Annual report of the Imperial Bacteriologist
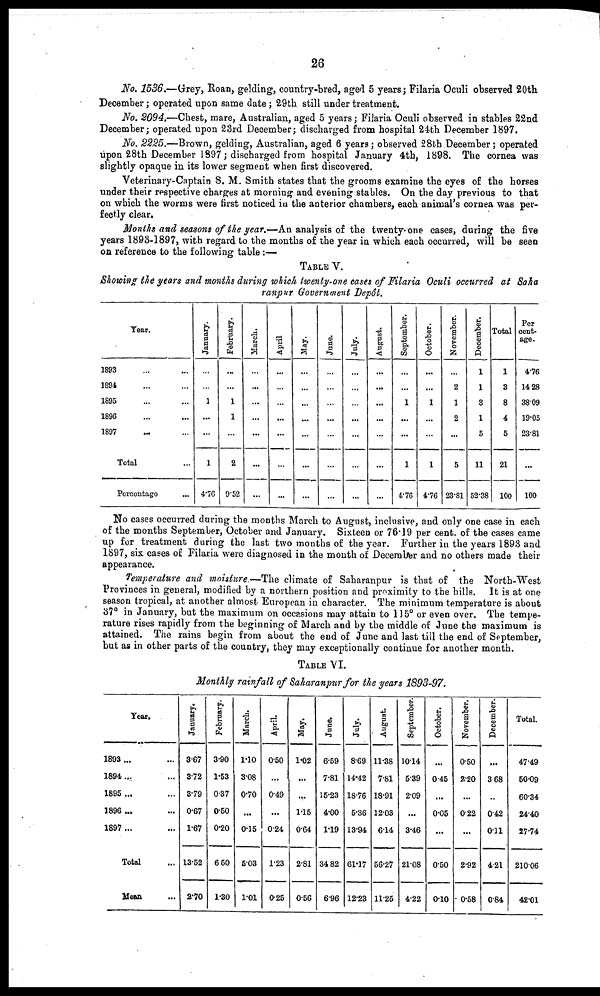
26
No. 1536.—Grey, Roan, gelding, country-bred, aged 5 years; Filaria Oculi observed 20th
December; operated upon same date; 29th still under treatment.
No. 2094.—Chest, mare, Australian, aged 5 years ; Filaria Oculi observed in stables 22nd
December; operated upon 23rd December; discharged from hospital 24th December 1897.
No. 2225.—Brown, gelding, Australian, aged 6 years; observed 28th December; operated
upon 28th December 1897; discharged from hospital January 4th, 1898. The cornea was
slightly opaque in its lower segment when first discovered.
Veterinary-Captain S. M. Smith states that the grooms examine the eyes of the horses
under their respective charges at morning and evening stables. On the day previous to that
on which the worms were first noticed in the anterior chambers, each animal's cornea was per-
fectly clear.
Months and seasons of the year.—An analysis of the twenty-one cases, during the five
years 1893-1897, with regard to the months of the year in which each occurred, will be seen
on reference to the following table:—
TABLE V.
Showing the years and months during which twenty-one cases of Filaria Oculi occurred at Saha
ranpur Government Depôt.
Year.
1893 ... ...
1894 ... ...
1895 ... ...
1896 ... ...
1897 ... ...
Total ...
Percentage
...
January.
...
...
1
...
...
1
4.76
February.
...
...
1
1
...
2
9.52
March.
...
...
...
...
...
...
...
April
...
...
...
...
...
...
...
May.
...
...
...
...
...
...
...
June.
...
...
...
...
...
...
...
July.
...
...
...
...
...
...
...
August.
...
...
...
...
...
...
...
September.
...
...
1
...
...
1
4.76
October.
...
...
1
...
...
1
4.76
November.
...
2
1
2
...
5
23.81
December.
1
1
3
1
5
11
52.38
Total
1
3
8
4
5
21
100
Per¬
cent¬
age.
4.76
14.28
38.09
19.05
23.81
...
100
No cases occurred during the months March to August, inclusive, and only one case in each
of the months September, October and January. Sixteen or 76.19 per cent. of the cases came
up for treatment during the last two months of the year. Further in the years 1893 and
1897, six cases of Filaria were diagnosed in the month of December and no others made their
appearance.
Temperature and moisture.—The climate of Saharanpur is that of the North-West
Provinces in general, modified by a northern position and proximity to the hills. It is at one
season tropical, at another almost European in character. The minimum temperature is about
37° in January, but the maximum on occasions may attain to 115° or even over. The tempe-
rature rises rapidly from the beginning of March and by the middle of June the maximum is
attained. The rains begin from about the end of June and last till the end of September,
but as in other parts of the country, they may exceptionally continue for another month.
TABLE VI.
Monthly rainfall of Saharanpur for the years 1893-97.
Year.
1893 ... ...
1894 ... ...
1895 ... ...
1896 ... ...
1897 ... ...
Total ...
Mean ...
January
3.67
3.72
3.79
0.67
1.67
13.52
2.70
February.
3.90
1.53
0.37
0.50
0.20
6.50
1.30
March.
1.10
3.08
0.70
...
0.15
5.03
1.01
April.
0.50
...
0.49
...
0.24
1.23
0.25
May.
1.02
...
...
1.15
0.64
2.81
0.56
June.
6.59
7.81
15.23
4.00
1.19
34.82
6.96
July.
8.69
14.42
18.76
5.36
13.94
61.17
12.23
August.
11.38
7.81
18.91
12.03
6.14
56.27
11.25
September.
10.14
5.39
2.09
...
3.46
21.08
4.22
Oc t
obe r .
...
0.45
...
0.05
...
0.50
0.10
November.
0.50
2.20
...
0.22
...
2.92
0.58
December.
...
3.68
...
0.42
0.11
4.21
0.84
Total.
47.49
50.09
60.34
24.40
27.74
210.06
42.01